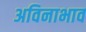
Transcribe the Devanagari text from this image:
अविनाभाव